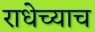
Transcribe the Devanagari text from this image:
राधेच्याच